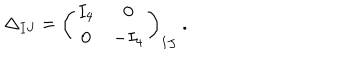
\Delta _ { I J } = \left( \begin{array} { c c } { { I _ { 4 } } } & { { 0 } } \\ { { 0 } } & { { - I _ { 4 } } } \\ \end{array} \right) _ { I J } ~ .